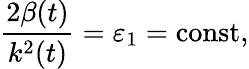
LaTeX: \frac{2\beta(t)}{k^{2}(t)}=\varepsilon_{1}=\mathrm{const},